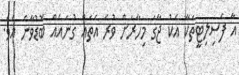
އާ ފެސިލިޓީތަކާ އެކު ޖާގަ މިހާރަށް ވުރެ އެތައް ގުނައެއް ބޮޑުވާނެ އެވެ.